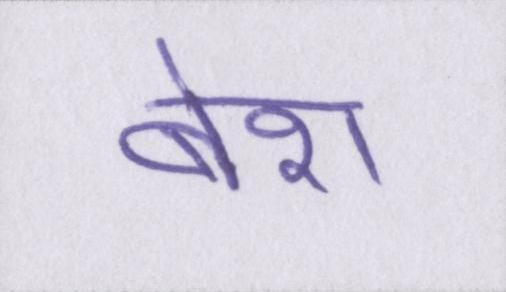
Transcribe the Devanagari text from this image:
बेश